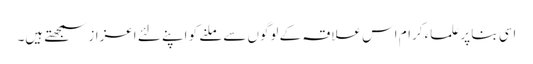
اسی بنا پر علماء کرام اس علاقہ کے لوگوں سے ملنے کو اپنے لئے اعزاز سمجھتے ہیں۔